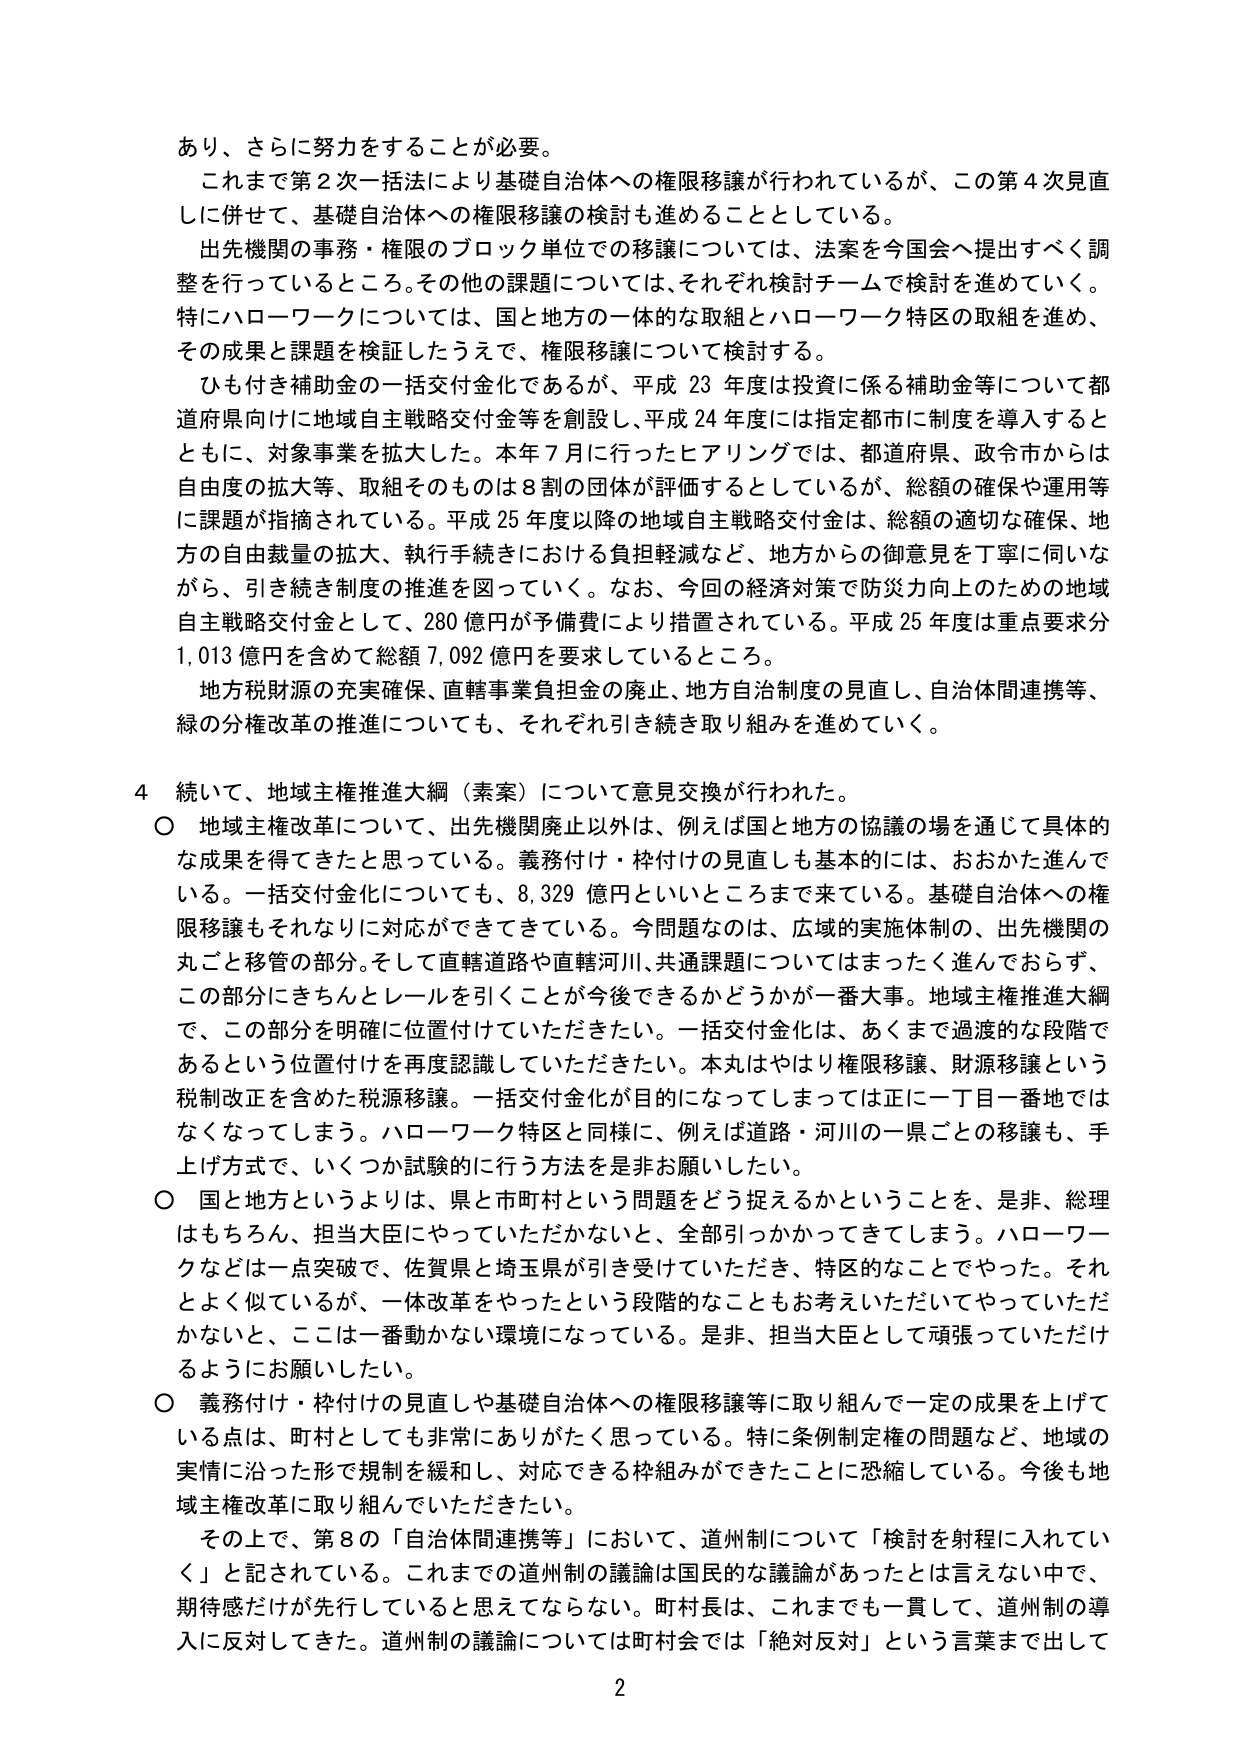
あり、さらに努力をすることが必要。

これまで第２次一括法により基礎自治体への権限移譲が行われているが、この第４次見直しに併せて、基礎自治体への権限移譲の検討も進めることとしている。

出先機関の事務・権限のブロック単位での移譲については、法案を今国会へ提出すべく調整を行っているところ。その他の課題については、それぞれ検討チームで検討を進めていく。特にハローワークについては、国と地方の一体的な取組とハローワーク特区の取組を進め、その成果と課題を検証したうえで、権限移譲について検討する。

ひも付き補助金の一括交付金化であるが、平成23年度は投資に係る補助金等について都道府県向けに地域自主戦略交付金を創設し、平成24年度には指定都市に制度を導入するとともに、対象事業を拡大した。本年7月に行ったヒアリングでは、都道府県、政令市からは自由度の拡大等、取組そのものは8割の団体が評価するとしているが、総額の確保や運用等に課題が指摘されている。平成25年度以降の地域自主戦略交付金は、総額の適切な確保、地方の自由裁量の拡大、執行手続きにおける負担軽減など、地方からの御意見を丁寧に伺いながら、引き続き制度の推進を図っていく。なお、今回の経済対策で防災力向上のための地域自主戦略交付金として、280億円が予備費により措置されている。平成25年度は重点要求分1,013億円を含めて総額7,092億円を要求しているところ。

地方税財源の充実確保、直轄事業負担金の廃止、地方自治制度の見直し、自治体間連携等、緑の分権改革の推進についても、それぞれ引き続き取り組みを進めていく。

4 続いて、地域主権推進大綱（素案）について意見交換が行われた。

○ 地域主権改革について、出先機関廃止以外は、例えば国と地方の協議の場を通じて具体的な成果を得てきたと思っている。義務付け・枠付けの見直しも基本的には、おおかた進んでいる。一括交付金化についても、8,329億円といいところまで来ている。基礎自治体への権限移譲もそれなりに対応ができてきている。今問題なのは、広域的実施体制の、出先機関の丸ごと移管の部分。そして直轄道路や直轄河川、共通課題についてはまったく進んでおらず、この部分にきちんとレールを引くことが今後できるかどうかが一番大事。地域主権推進大綱で、この部分を明確に位置付けていただきたい。一括交付金化は、あくまで過渡的な段階であるという位置付けを再度認識していただきたい。本丸はやはり権限移譲、財源移譲という税制改正を含めた税源移譲。一括交付金化が目的になってしまっては正に一目一番地ではなくなってしまう。ハローワーク特区と同様に、例えば道路・河川の一県ごとの移譲も、手上げ方式で、いくつか試験的に行う方法を是非お願いしたい。

○ 国と地方というよりは、県と市町村という問題をどう捉えるかということを、是非、総理はもちろん、担当大臣にやっていただかないと、全部引っかかってきてしまう。ハローワークなどは一点突破で、佐賀県と埼玉県が引き受けていただき、特区的なことでやった。それとよく似ているが、一体改革をやったという段階的なこともお考えいただいてやっていただかないと、ここは一番動かない環境になっている。是非、担当大臣として頑張っていただけるようにお願いしたい。

○ 義務付け・枠付けの見直しや基礎自治体への権限移譲等に取り組んで一定の成果を上げている点は、町村としても非常にありがたく思っている。特に条例制定権の問題など、地域の実情に沿った形で規制を緩和し、対応できる枠組みができたことに恐縮している。今後も地域主権改革に取り組んでいただきたい。

その上で、第8の「自治体間連携等」において、道州制について「検討を射程に入れていく」と記されている。これまでの道州制の議論は国民的な議論があったとは言えない中で、期待感だけが先行していると思ってならない。町村長は、これまでも一貫して、道州制の導入に反対してきた。道州制の議論については町村会では「絶対反対」という言葉まで出して

2